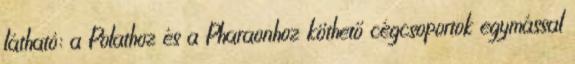
látható: a Polathoz és a Pharaonhoz köthető cégcsoportok egymással